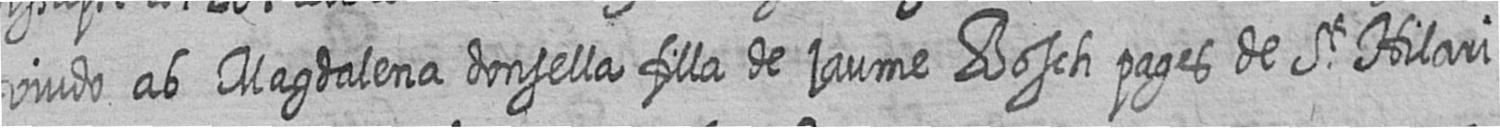
viudo ab Magdalena donsella filla de jaume Bosch pages de St Hilari